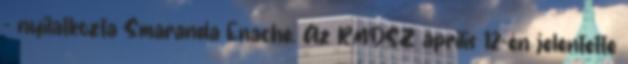
– nyilatkozta Smaranda Enache. Az RMDSZ április 12-én jelentette